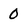
Character: 0